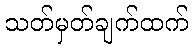
သတ်မှတ်ချက်ထက်